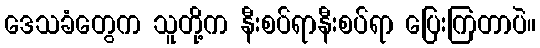
ဒေသခံတွေက သူတို့က နီးစပ်ရာနီးစပ်ရာ ပြေးကြတာပဲ။